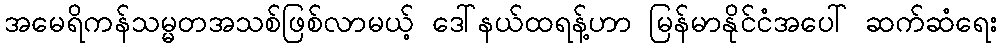
အမေရိကန်သမ္မတအသစ်ဖြစ်လာမယ့် ဒေါ်နယ်ထရန့်ဟာ မြန်မာနိုင်ငံအပေါ် ဆက်ဆံရေး